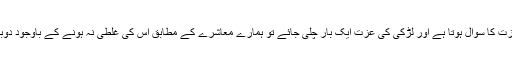
کیونکہ یہ عزت کا سوال ہوتا ہے اور لڑکی کی عزت ایک بار چلی جائے تو ہمارے معاشرے کے مطابق اس کی غلطی نہ ہونے کے باوجود دوبارہ نہیں آتی۔